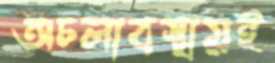
অচলাবস্থায়ই